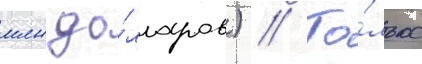
млн до́лларов) // То́лько